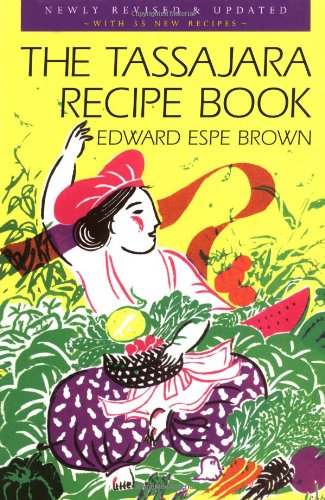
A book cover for The Tassajara Recipe Book; Edward Espe Brown; Cookbooks, Food & Wine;